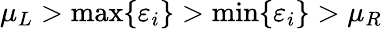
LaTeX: \mu_{L}>\mathrm{max}\{ \varepsilon_{i}\} >\mathrm{min}\{ \varepsilon_{i}\} >\mu_{R}